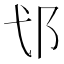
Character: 𮟪